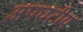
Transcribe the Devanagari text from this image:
अपघटीय